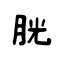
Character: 胱